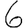
Digit: 6